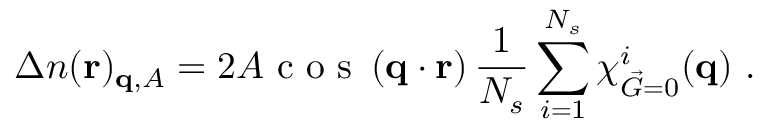
\Delta n ( \mathbf { r } ) _ { \mathbf { q } , A } = 2 A \textnormal { c o s } \left( \mathbf { q } \cdot \mathbf { r } \right) \frac { 1 } { N _ { s } } \sum _ { i = 1 } ^ { N _ { s } } \chi _ { \vec { G } = 0 } ^ { i } ( \mathbf { q } ) \ .